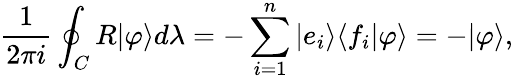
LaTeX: {\frac{1}{2\pi i}}\oint_{C}R|\varphi\rangle d\lambda=-\sum_{i=1}^{n}|e_{i}\rangle\langle f_{i}|\varphi\rangle=-|\varphi\rangle,